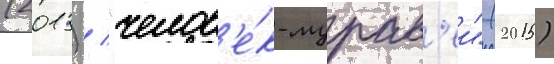
(2013) / "челов'е́к-мурав'еи" (2015)